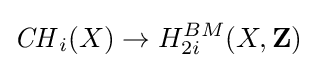
{\mathit {CH}}_{i}(X)\rightarrow H_{2i}^{BM}(X,\mathbf {Z} )